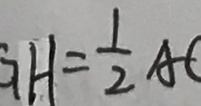
G H = \frac { 1 } { 2 } A C